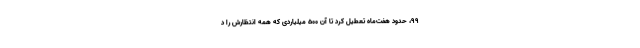
۹۹، حدود هفت‌ماه تعطیل کرد تا آن ۵۰۰ میلیاردی که همه انتظارش را د